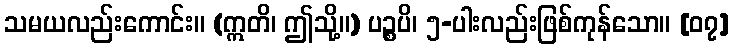
သမယလည်းကောင်း။ (ဣတိ၊ ဤသို့။) ပဉ္စပိ၊ ၅-ပါးလည်းဖြစ်ကုန်သော။ [၀၇]